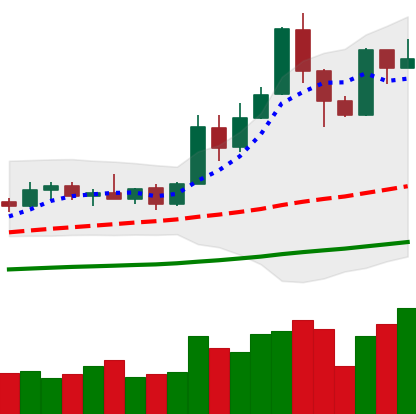
Ticker: XMR-USD
Chart end date: 2019-05-21
Forward return: 3.361%
Label: up_3_5